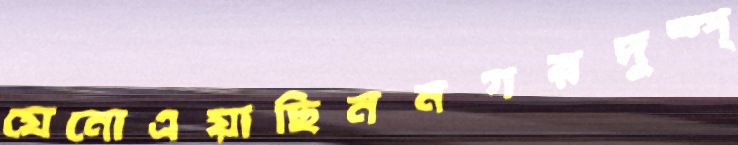
যেনোএয়াছিননগরদুষ্প্